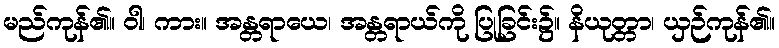
မည်ကုန်၏။ ဝါ၊ ကား။ အန္တရာယေ၊ အန္တရာယ်ကို ပြုခြင်း၌။ နိယုတ္တာ၊ ယှဉ်ကုန်၏။